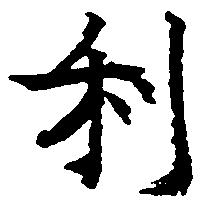
利